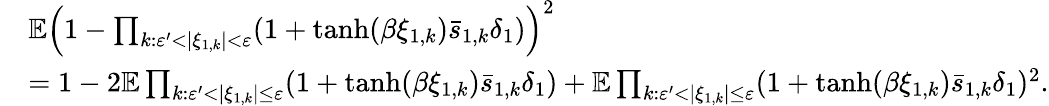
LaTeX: \begin{array}{rl}&{\mathbb E\Bigl(1-\prod_{k:\varepsilon^{\prime}<|\xi_{1,k}|<\varepsilon}(1+\operatorname{tanh}(\beta\xi_{1,k})\bar{s}_{1,k}\delta_{1})\Bigr)^{2}}\\ &{=1-2\mathbb E\prod_{k:\varepsilon^{\prime}<|\xi_{1,k}|\le\varepsilon}(1+\operatorname{tanh}(\beta\xi_{1,k})\bar{s}_{1,k}\delta_{1})+\mathbb E\prod_{k:\varepsilon^{\prime}<|\xi_{1,k}|\le\varepsilon}(1+\operatorname{tanh}(\beta\xi_{1,k})\bar{s}_{1,k}\delta_{1})^{2}.}\end{array}